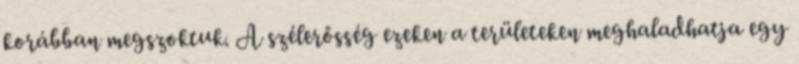
korábban megszoktuk. A szélerősség ezeken a területeken meghaladhatja egy